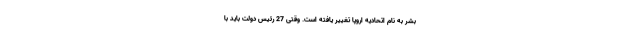
بشر به نام اتحادیه اروپا تغییر یافته است. وقتی 27 رئیس دولت باید با